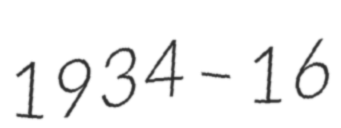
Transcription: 1934 – 16